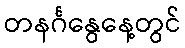
တနင်္ဂနွေနေ့တွင်